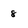
Character: 8